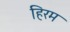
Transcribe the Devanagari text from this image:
हिरम